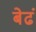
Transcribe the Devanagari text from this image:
बेढं